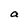
Character: a